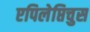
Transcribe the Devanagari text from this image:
एपिलेप्तिचुस